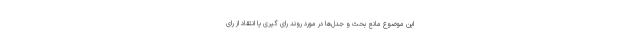
این موضوع مانع بحث و جدل‌ها در مورد روند رای گیری یا انتقاد از رای